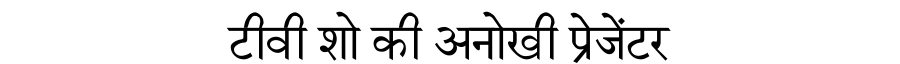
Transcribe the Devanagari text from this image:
टीवी शो की अनोखी प्रेजेंटर